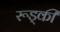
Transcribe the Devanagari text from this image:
रूड्की